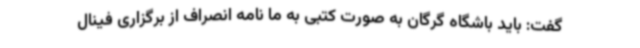
گفت: باید باشگاه گرگان به صورت کتبی به ما نامه انصراف از برگزاری فینال